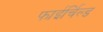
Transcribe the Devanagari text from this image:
फाईर्चिल्ड